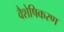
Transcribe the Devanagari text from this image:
वैशेषिकरण